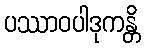
ပဿာဝပါဒုကန္တိ